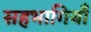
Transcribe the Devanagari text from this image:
सहभागियाँ